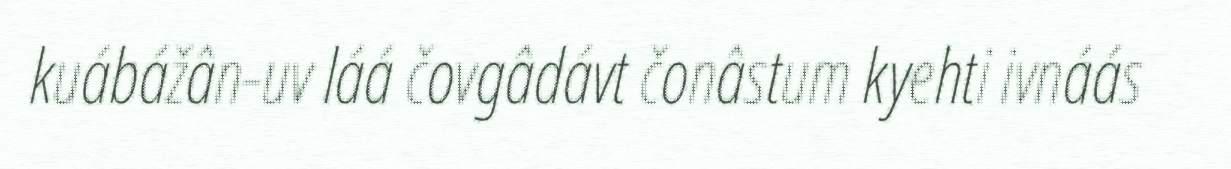
kuábážân-uv láá čovgâdávt čonâstum kyehti ivnáás